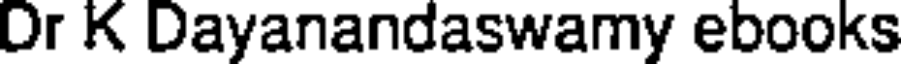
Dr K Dayanandaswamy ebooks